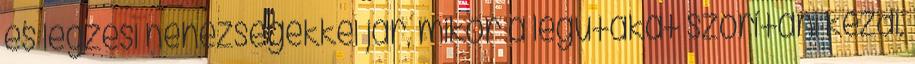
és légzési nehézségekkel jár, mikor a légutakat szorítani kezdi.